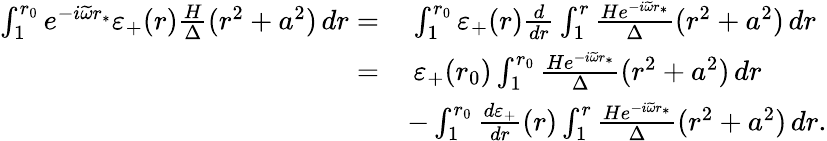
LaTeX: \begin{array}{rl}{\int_{1}^{r_{0}}e^{-i\widetilde{\omega}r_{*}}\varepsilon_{+}(r)\frac{H}{\Delta}(r^{2}+a^{2})\, dr=}&{\: \int_{1}^{r_{0}}\varepsilon_{+}(r)\frac{d}{dr}\int_{1}^{r}\frac{He^{-i\widetilde{\omega}r_{*}}}{\Delta}(r^{2}+a^{2})\, dr}\\ {=}&{\: \varepsilon_{+}(r_{0})\int_{1}^{r_{0}}\frac{He^{-i\widetilde{\omega}r_{*}}}{\Delta}(r^{2}+a^{2})\, dr}\\ &{-\int_{1}^{r_{0}}\frac{d\varepsilon_{+}}{dr}(r)\int_{1}^{r}\frac{He^{-i\widetilde{\omega}r_{*}}}{\Delta}(r^{2}+a^{2})\, dr.}\end{array}